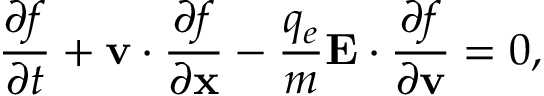
\frac { \partial f } { \partial t } + \mathbf { v } \cdot \frac { \partial f } { \partial \mathbf { x } } - \frac { q _ { e } } { m } \mathbf { E } \cdot \frac { \partial f } { \partial \mathbf { v } } = 0 ,